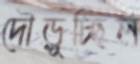
দৌড়ুচ্ছিল